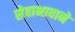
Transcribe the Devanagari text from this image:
सेवाभावाने